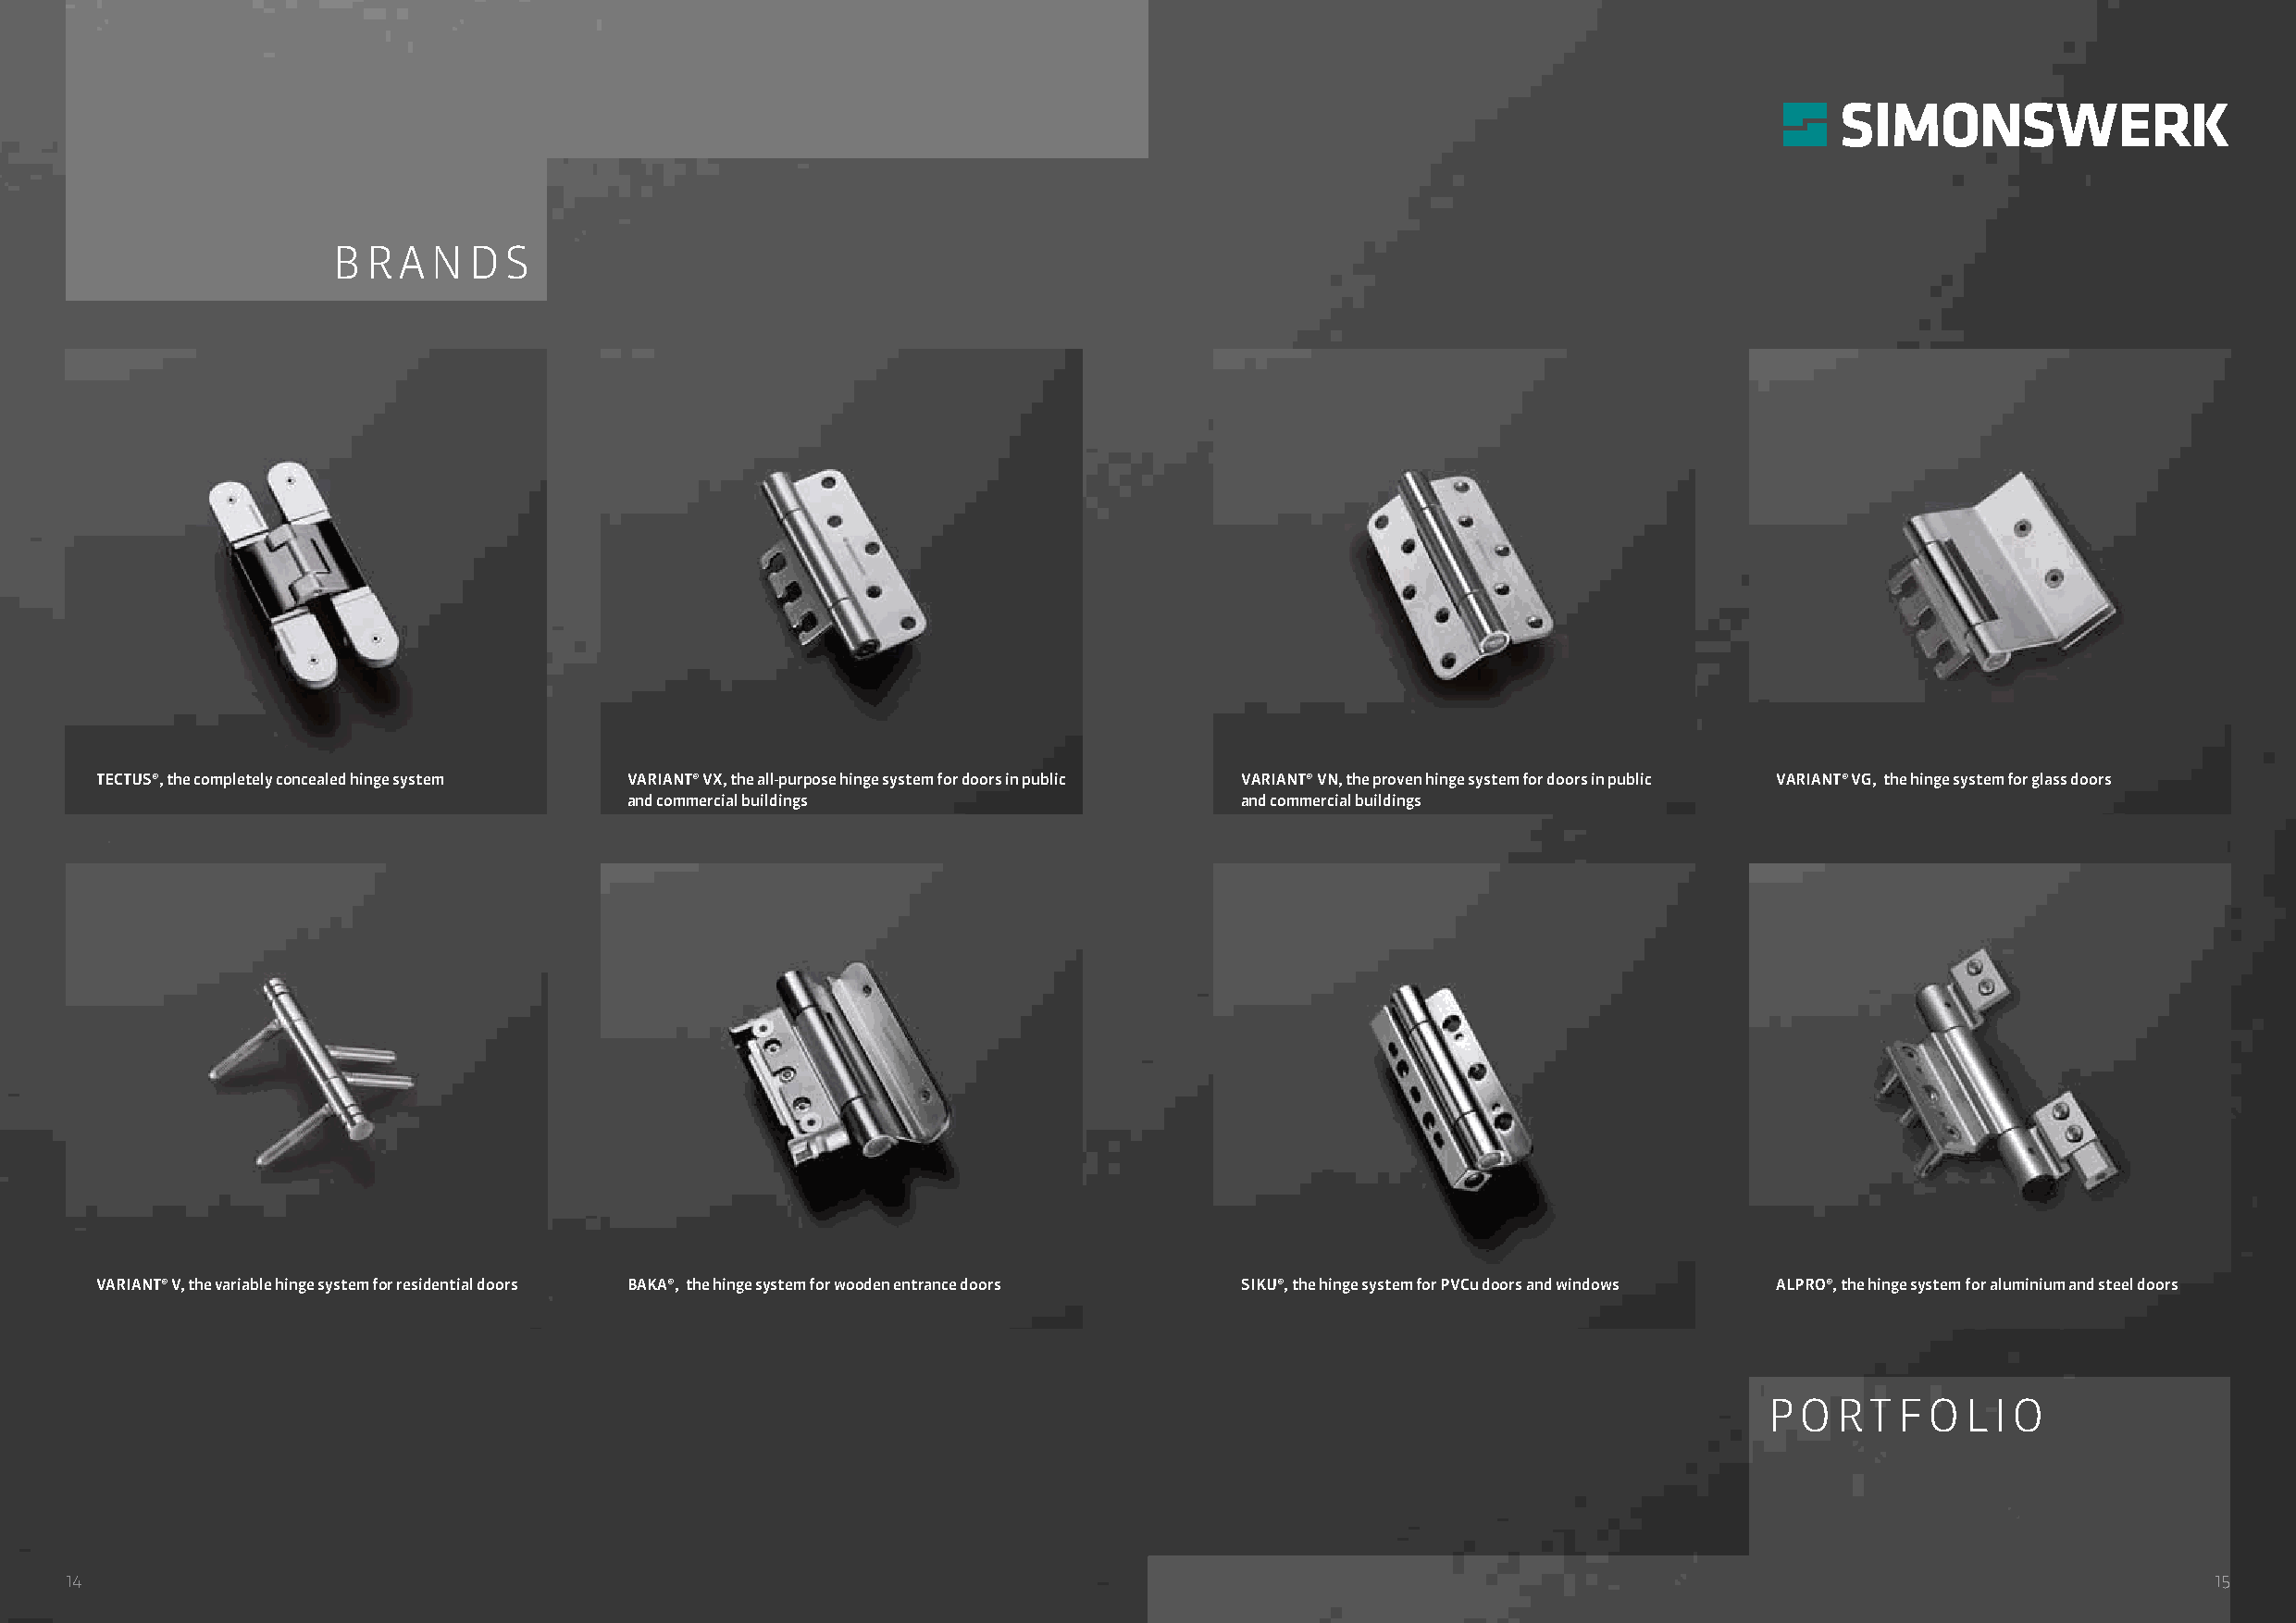
MBRAARNKDENS
 TTEECCTTUUSS®® ,d tahse k coommpplleettte vlye rcdoenccketa llieedg ehnindgee B saynsdtesmystem VVAARRIIAANNTT®® VVXX ,d tahse u anlilv-peursrpelolese B hainndgsey ssytestme mfü fro Or bdjoeokrtst üinre pnublic VVAARRIIAANNTT®® VVNN ,d tahse b perwoväehnrt hei nBgaen sdyssytsetmem fo frü dr oOobrjse kint tpüurbelnic VVAARRIIAANNTT®® VVGG ,d tahs eB hainndgsey ssytestme mfü fro Gra gnlazsgsla dsotüorresn
 and commercial buildings                    and commercial buildings
 VVAARRIIAANNTT®® VV ,d tahse v vaarriaiabblele B hainndgesy ssytsetmem fü fro Wr roehsindreanutmiatlü droeonrs BBAAKKAA®® ,d tahse B hainndgsey ssytestme mfü fro Hr owlzohoaduesnt üenretnrance doors SSIIKKUU®® ,d tahse B hainndgesy ssytsetmem fü fro Kr uPnVsCtus tdoofoftrüs raennd u wnidn -dfoenwsster AALLPPRROO®® ,d tahse B hainndgesy ssytsetmem fü fro Ar laulmuminiinuimum- u anndd S sttaehellt düoreonrs
 SPOORRTTIFMOELNIOT
 1144                                                                                                                                                     1155